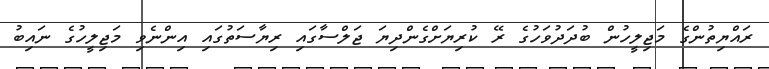
ރައްޔިތުންގެ މަޖިލީހުން ބުދަދުވަހުގެ ރޭ ކުރިޔަށްގެންދިޔަ ޖަލްސާގައި ރިޔާސަތުގައި އިންނެވި މަޖިލީހުގެ ނައިބު